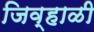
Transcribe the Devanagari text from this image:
जिव्हाळी